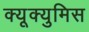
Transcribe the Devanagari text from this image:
क्यूक्युमिस